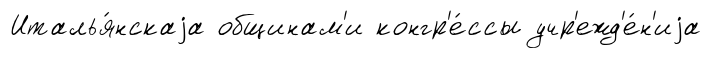
Италья́нскаjа общинам'и конгр'е́ссы учр'ежд'е́н'иjа